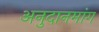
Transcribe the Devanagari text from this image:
अनुदानमांग